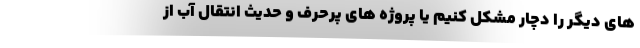
های دیگر را دچار مشکل کنیم یا پروژه های پرحرف و حدیث انتقال آب از